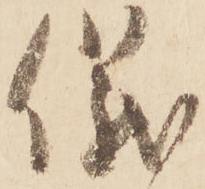
儀